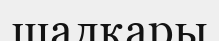
шалқары